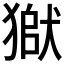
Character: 𤠒